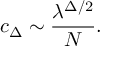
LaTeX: c _ { \Delta } \sim \frac { \lambda ^ { \Delta / 2 } } { N } .